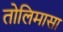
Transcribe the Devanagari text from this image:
तोलिमासा